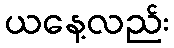
ယနေ့လည်း